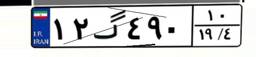
۱۲گ۴۹۰۱۰